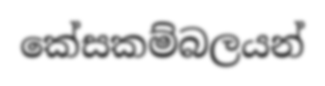
කේසකම්බලයන්